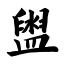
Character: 盥